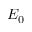
E _ { 0 }